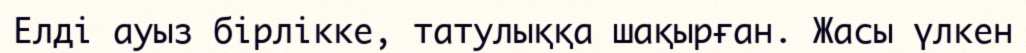
Елді ауыз бірлікке, татулыққа шақырған. Жасы үлкен